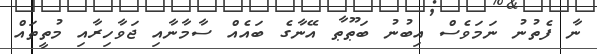
ނާ ފެތުނު ނަމަވެސް އިބުނު ބަޠޫޠާ އޭނާގެ ބައެއް ސާމާނާއި ޖަވާހިރާއި މުތީތައް